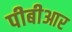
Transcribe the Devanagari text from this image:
पीबीआर